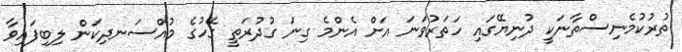
ތުރުކުމެނިސްތާނަކީ ދުނިޔޭގައި ހަތަރުވަނަ އަށް އެންމެ ގިނަ ގުދުރަތީ ގޭހުގެ މުއްސަނދިކަން ލިބިފައިވާ